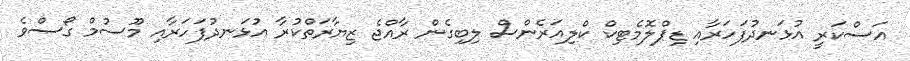
އަސްކަރީ އުޅަނދުފަހަރާއި ޑިޕްލޮމެޓިކް ކްލިއަރެންސް ލިބިގެން ރާއްޖެ ޒިޔާރަތްކުރާ އުޅަނދުފަހަރާއި މޫސުމް ގޯސްވެ